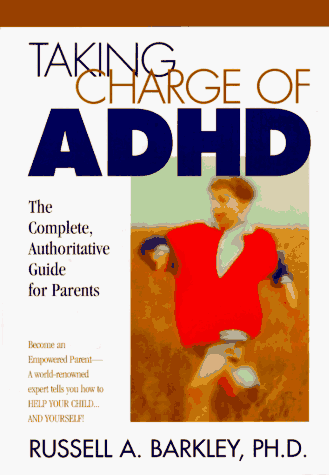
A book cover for Taking Charge of ADHD: The Complete Authoritative Guide for Parents; Russell A. Barkley; Parenting & Relationships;